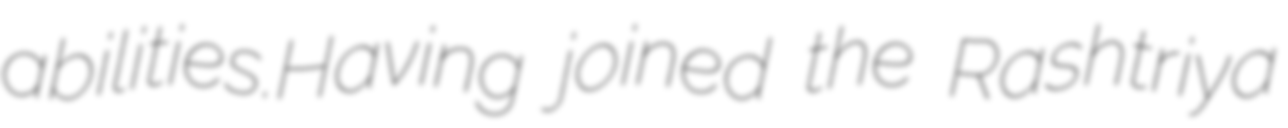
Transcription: abilities.Having joined the Rashtriya